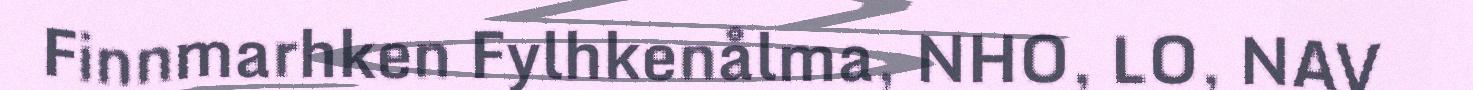
Finnmarhken Fylhkenålma, NHO, LO, NAV